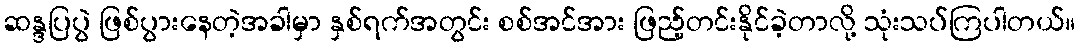
ဆန္ဒပြပွဲ ဖြစ်ပွားနေတဲ့အခါမှာ နှစ်ရက်အတွင်း စစ်အင်အား ဖြည့်တင်းနိုင်ခဲ့တာလို့ သုံးသပ်ကြပါတယ်။